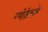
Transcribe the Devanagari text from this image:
ग्योडेलने